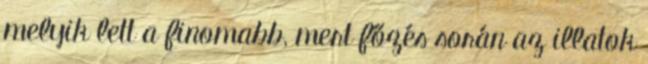
melyik lett a finomabb, mert főzés során az illatok